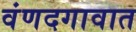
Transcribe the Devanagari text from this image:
वंणदगावात